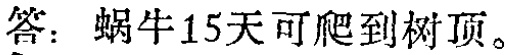
答：蜗牛15天可爬到树顶。